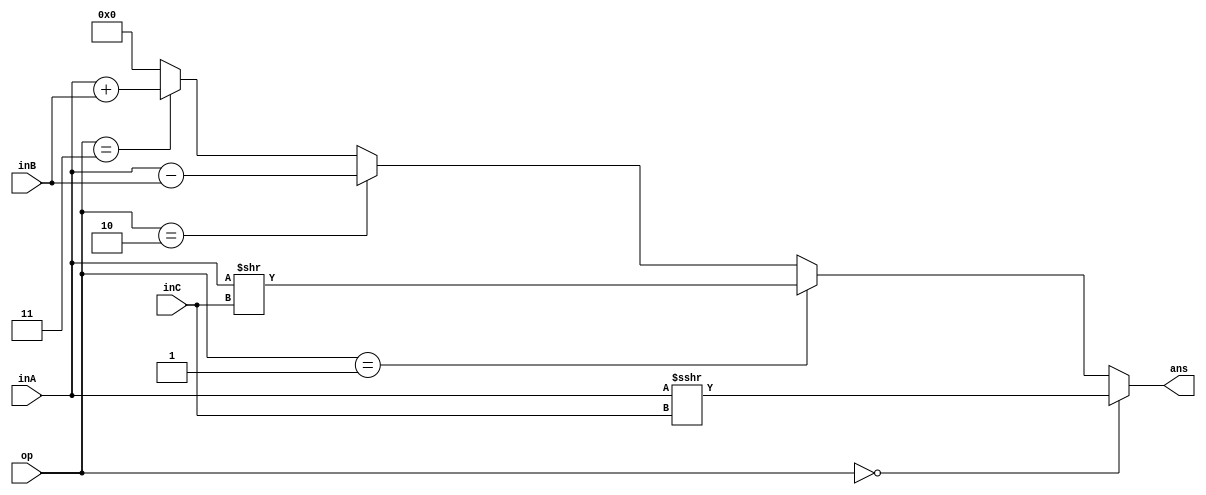
`timescale 1ns / 1ps
//////////////////////////////////////////////////////////////////////////////////
// Company: 
// Engineer: 
// 
// Design Name: 
// Module Name:    ALU 
// Project Name: 
// Target Devices: 
// Tool versions: 
// Description: 
//
// Dependencies: 
//
// Revision: 
// Revision 0.01 - File Created
// Additional Comments: 
//
//////////////////////////////////////////////////////////////////////////////////
module ALU(
    input [3:0] inA,
    input [3:0] inB,
	input [1:0] inC,
    input [1:0] op,
    output [3:0] ans
    );
	assign ans = (op == 2'b00) ? $signed($signed(inA) >>> inC) :
				(op == 2'b01) ? inA >> inC :
				(op == 2'b10) ? inA - inB :
				(op == 2'b11) ? inA + inB : 
				4'b000 ; //error

endmodule